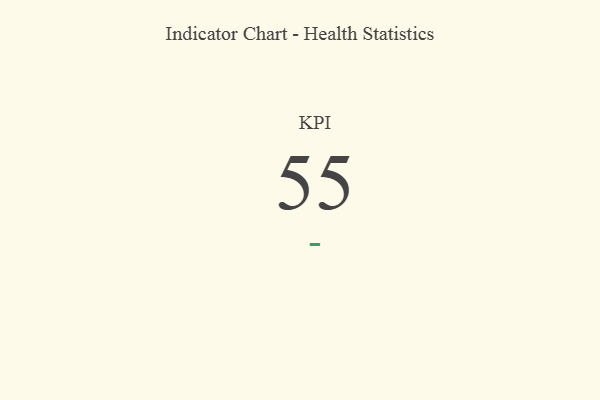
{"axis": {"x": "KPI", "y": "Value"}, "legend": [""], "data": [{"x": "KPI", "y": 55, "type": ""}]}